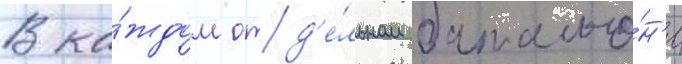
В ка́ждом отд'е́льном батальо́н'е